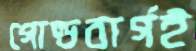
গোল্ডবার্গই